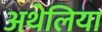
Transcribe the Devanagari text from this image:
अथेलिया